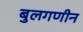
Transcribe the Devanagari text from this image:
बुलगणीन